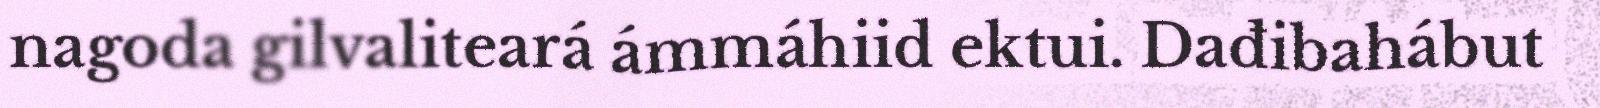
nagoda gilvaliteará ámmáhiid ektui. Dađibahábut